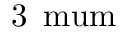
3 \, \mathrm { \ m u m }